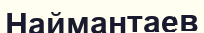
Наймантаев